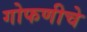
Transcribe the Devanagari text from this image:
गोफणीचे